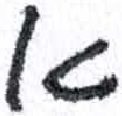
אות: א